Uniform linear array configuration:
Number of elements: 16
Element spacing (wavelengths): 1
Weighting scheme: exponential
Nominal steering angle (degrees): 45
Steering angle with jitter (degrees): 45.981
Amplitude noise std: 0.05
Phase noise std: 0.05

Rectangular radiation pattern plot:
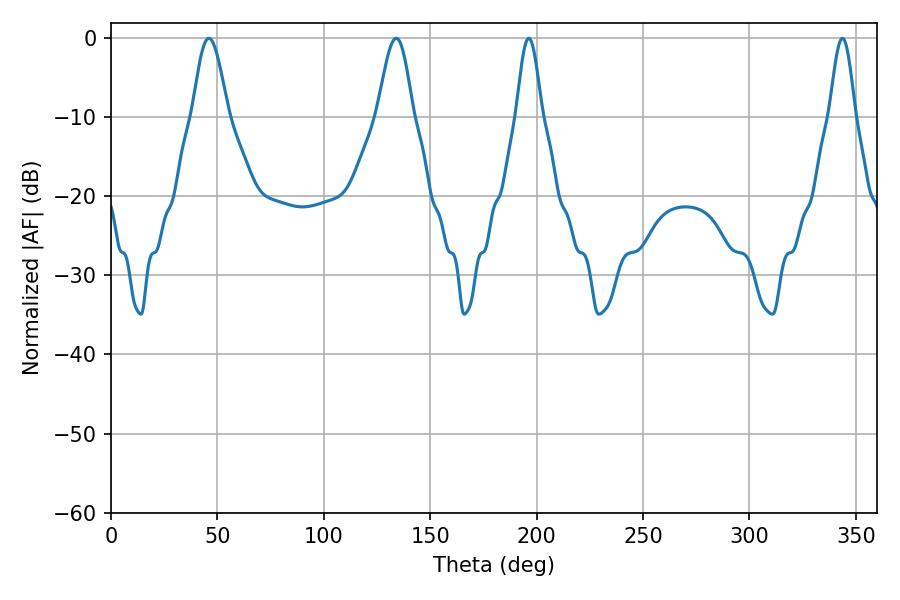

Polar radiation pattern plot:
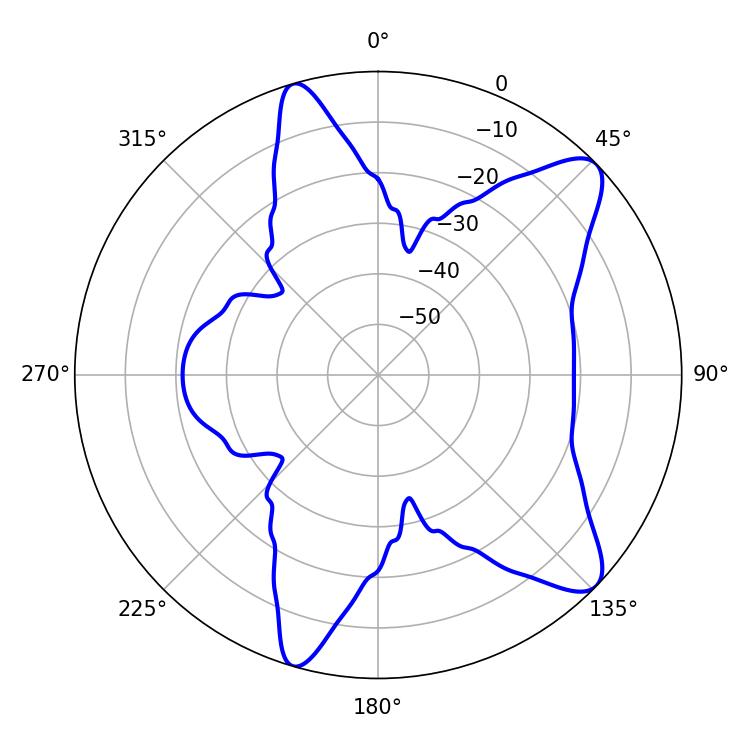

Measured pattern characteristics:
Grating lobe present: TRUE
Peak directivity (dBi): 10.098
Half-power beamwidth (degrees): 8.82
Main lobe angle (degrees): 45.9